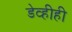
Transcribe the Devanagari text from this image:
डेव्हीही